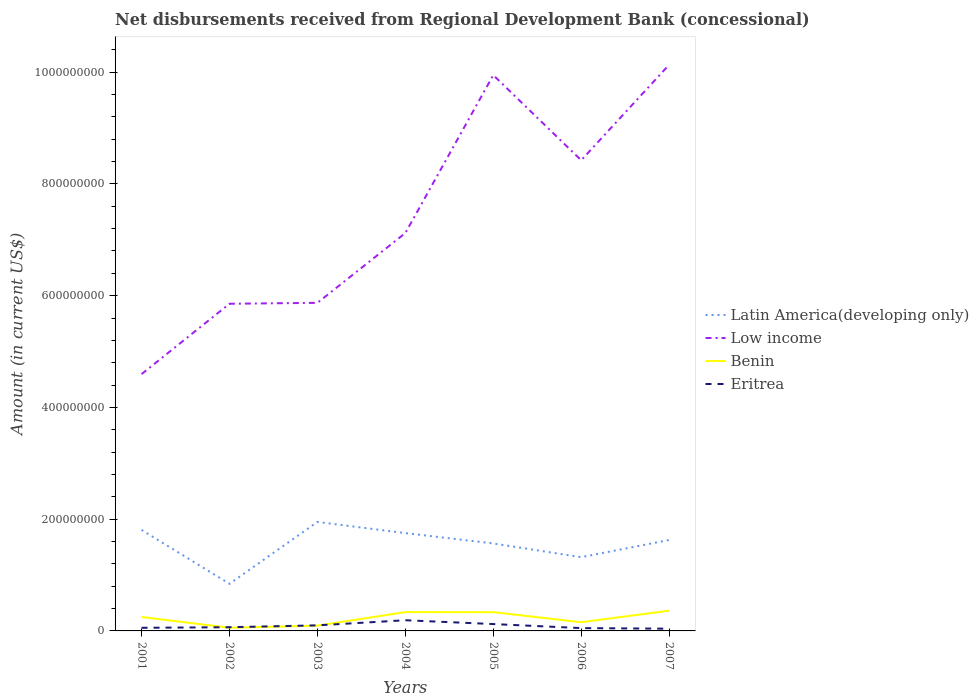
| Years | Latin America(developing only) | Low income | Benin | Eritrea |
 | --- | --- | --- | --- | --- |
 | 2001 | 1.81e+08 | 4.6e+08 | 2.5e+07 | 5.58e+06 |
 | 2002 | 8.43e+07 | 5.86e+08 | 5.64e+06 | 6.65e+06 |
 | 2003 | 1.95e+08 | 5.87e+08 | 9.45e+06 | 9.97e+06 |
 | 2004 | 1.75e+08 | 7.12e+08 | 3.37e+07 | 1.91e+07 |
 | 2005 | 1.57e+08 | 9.95e+08 | 3.36e+07 | 1.23e+07 |
 | 2006 | 1.32e+08 | 8.42e+08 | 1.55e+07 | 5.05e+06 |
 | 2007 | 1.63e+08 | 1.01e+09 | 3.63e+07 | 3.99e+06 |